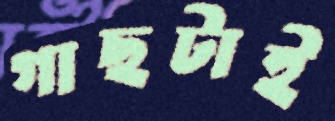
গাছটাই